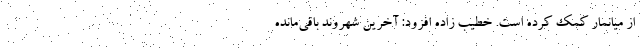
از میانمار کمک کرده است. خطیب زاده افزود: آخرین شهروند باقی‌مانده